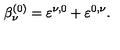
\beta _ { \nu } ^ { ( 0 ) } = \varepsilon ^ { \nu , 0 } + \varepsilon ^ { 0 , \nu } .